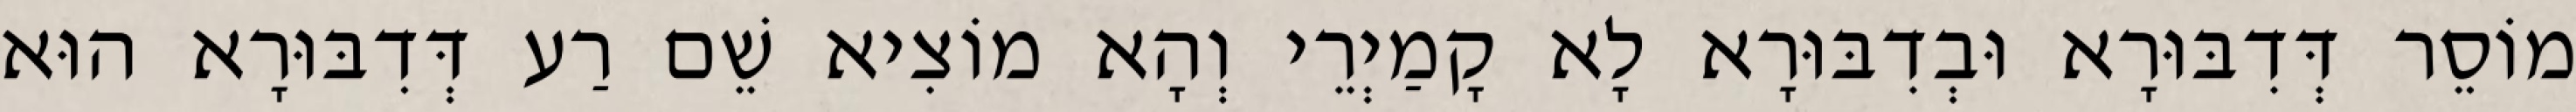
מוֹסֵר דְּדִבּוּרָא וּבְדִבּוּרָא לָא קָמַיְרֵי וְהָא מוֹצִיא שֵׁם רַע דְּדִבּוּרָא הוּא